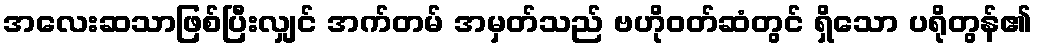
အလေးဆသာဖြစ်ပြီးလျှင် အက်တမ် အမှတ်သည် ဗဟိုဝတ်ဆံတွင် ရှိသော ပရိုတွန်၏